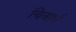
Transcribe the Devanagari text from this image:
चित्रार्ध